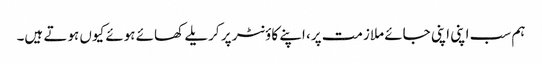
ہم سب اپنی اپنی جائے ملازمت پر، اپنے کاؤنٹر پر کریلے کھائے ہوئے کیوں ہوتے ہیں۔